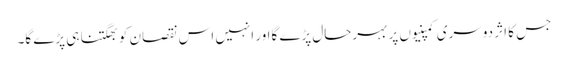
جس کا اثر دوسری کمپنیوں پر بہرحال پڑے گااور انہیں اس نقصان کو بھگتنا ہی پڑے گا۔